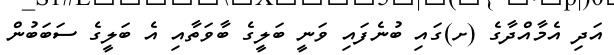
އަދި އެމާއްދާގެ (ށ)ގައި ބުނެފައި ވަނީ ބަލީގެ ބާވަތާއި އެ ބަލީގެ ސަބަބުން